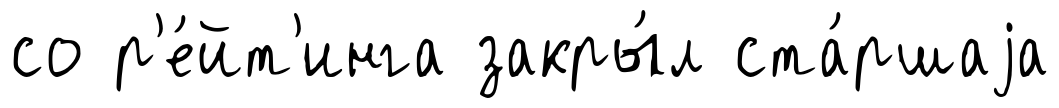
со р'е́йт'инга закры́л ста́ршаjа